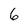
Character: 6